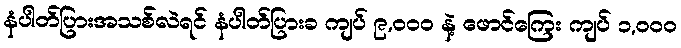
နံပါတ်ပြားအသစ်လဲရင် နံပါတ်ပြားခ ကျပ် ၉,၀၀၀ နဲ့ ဖောင်ကြေး ကျပ် ၁,၀၀၀